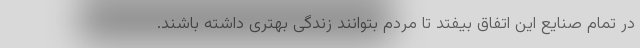
در تمام صنایع این اتفاق بیفتد تا مردم بتوانند زندگی بهتری داشته باشند.